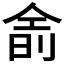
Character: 𬾮